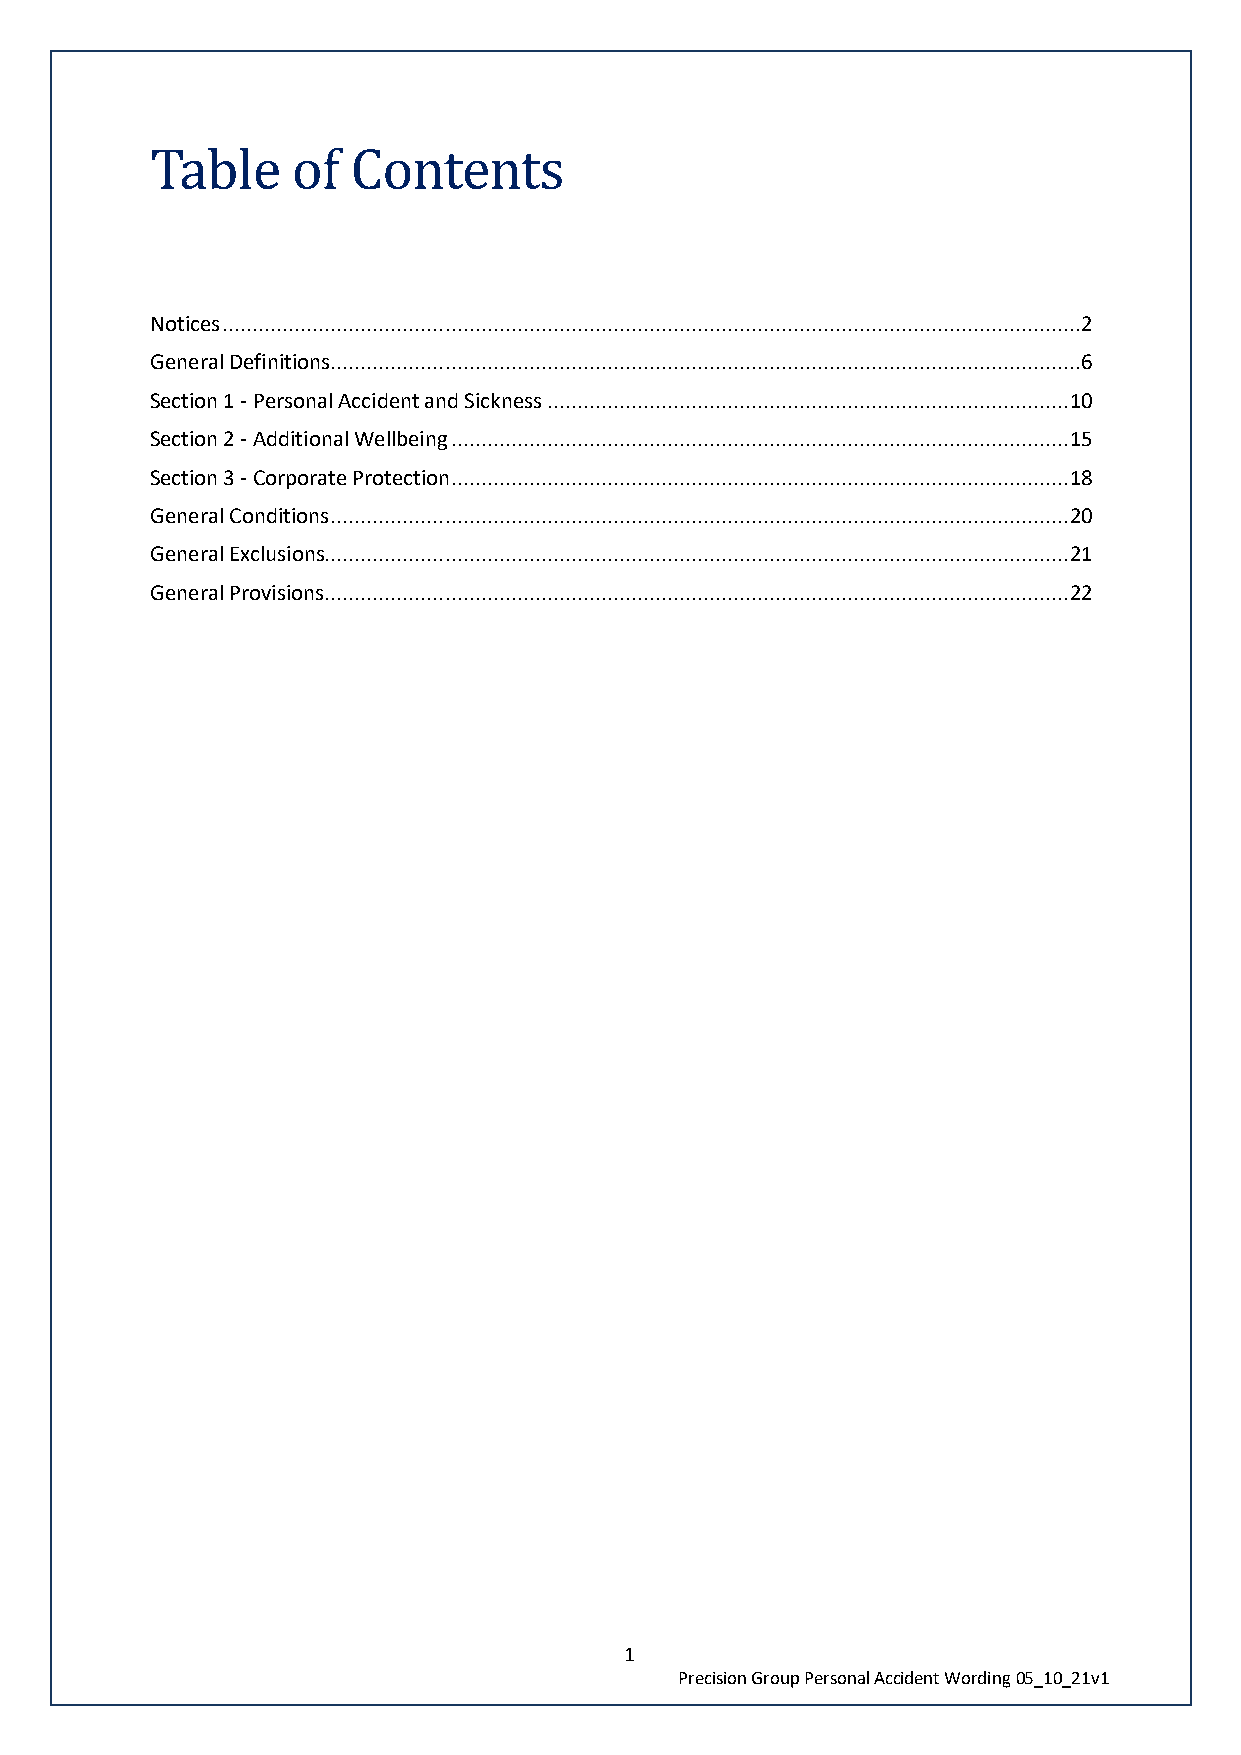
Table    of  Contents
 Notices ...............................................................................................................................................2
 General Definitions.............................................................................................................................6
 Section 1 - Personal Accident and Sickness ....................................................................................... 10
 Section 2 - Additional Wellbeing ....................................................................................................... 15
 Section 3 - Corporate Protection....................................................................................................... 18
 General Conditions ........................................................................................................................... 20
 General Exclusions............................................................................................................................ 21
 General Provisions ............................................................................................................................ 22
 1
 Precision Group Personal Accident Wording 05_10_21v1